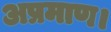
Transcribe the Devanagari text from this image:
अप्रमाण।